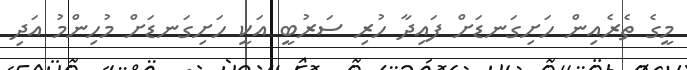
މީގެ ތެރެއިން ހަށިގަނޑަށް ފައިދާ ހުރި ސަރުބީ އަކީ ހަށިގަނޑަށް މުހިންމު އަދި